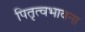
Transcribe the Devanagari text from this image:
पितृत्वभावना